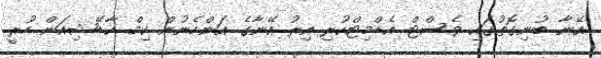
އޭނާ ބުނިގޮތުގައި ވެސްޓް އެޑްމިޓްކުރި އިރު އޭނާގެ އަންހެނުން ކިމް ކާޑޭޝިއަން ހުރީ